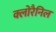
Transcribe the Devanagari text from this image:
क्लोरैनिल